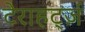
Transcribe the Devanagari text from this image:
टेराहर्ट्ज़